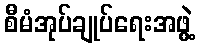
စီမံအုပ်ချုပ်ရေးအဖွဲ့